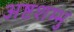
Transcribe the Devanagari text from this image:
अष्टशम्भु